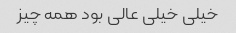
خیلی خیلی عالی بود همه چیز